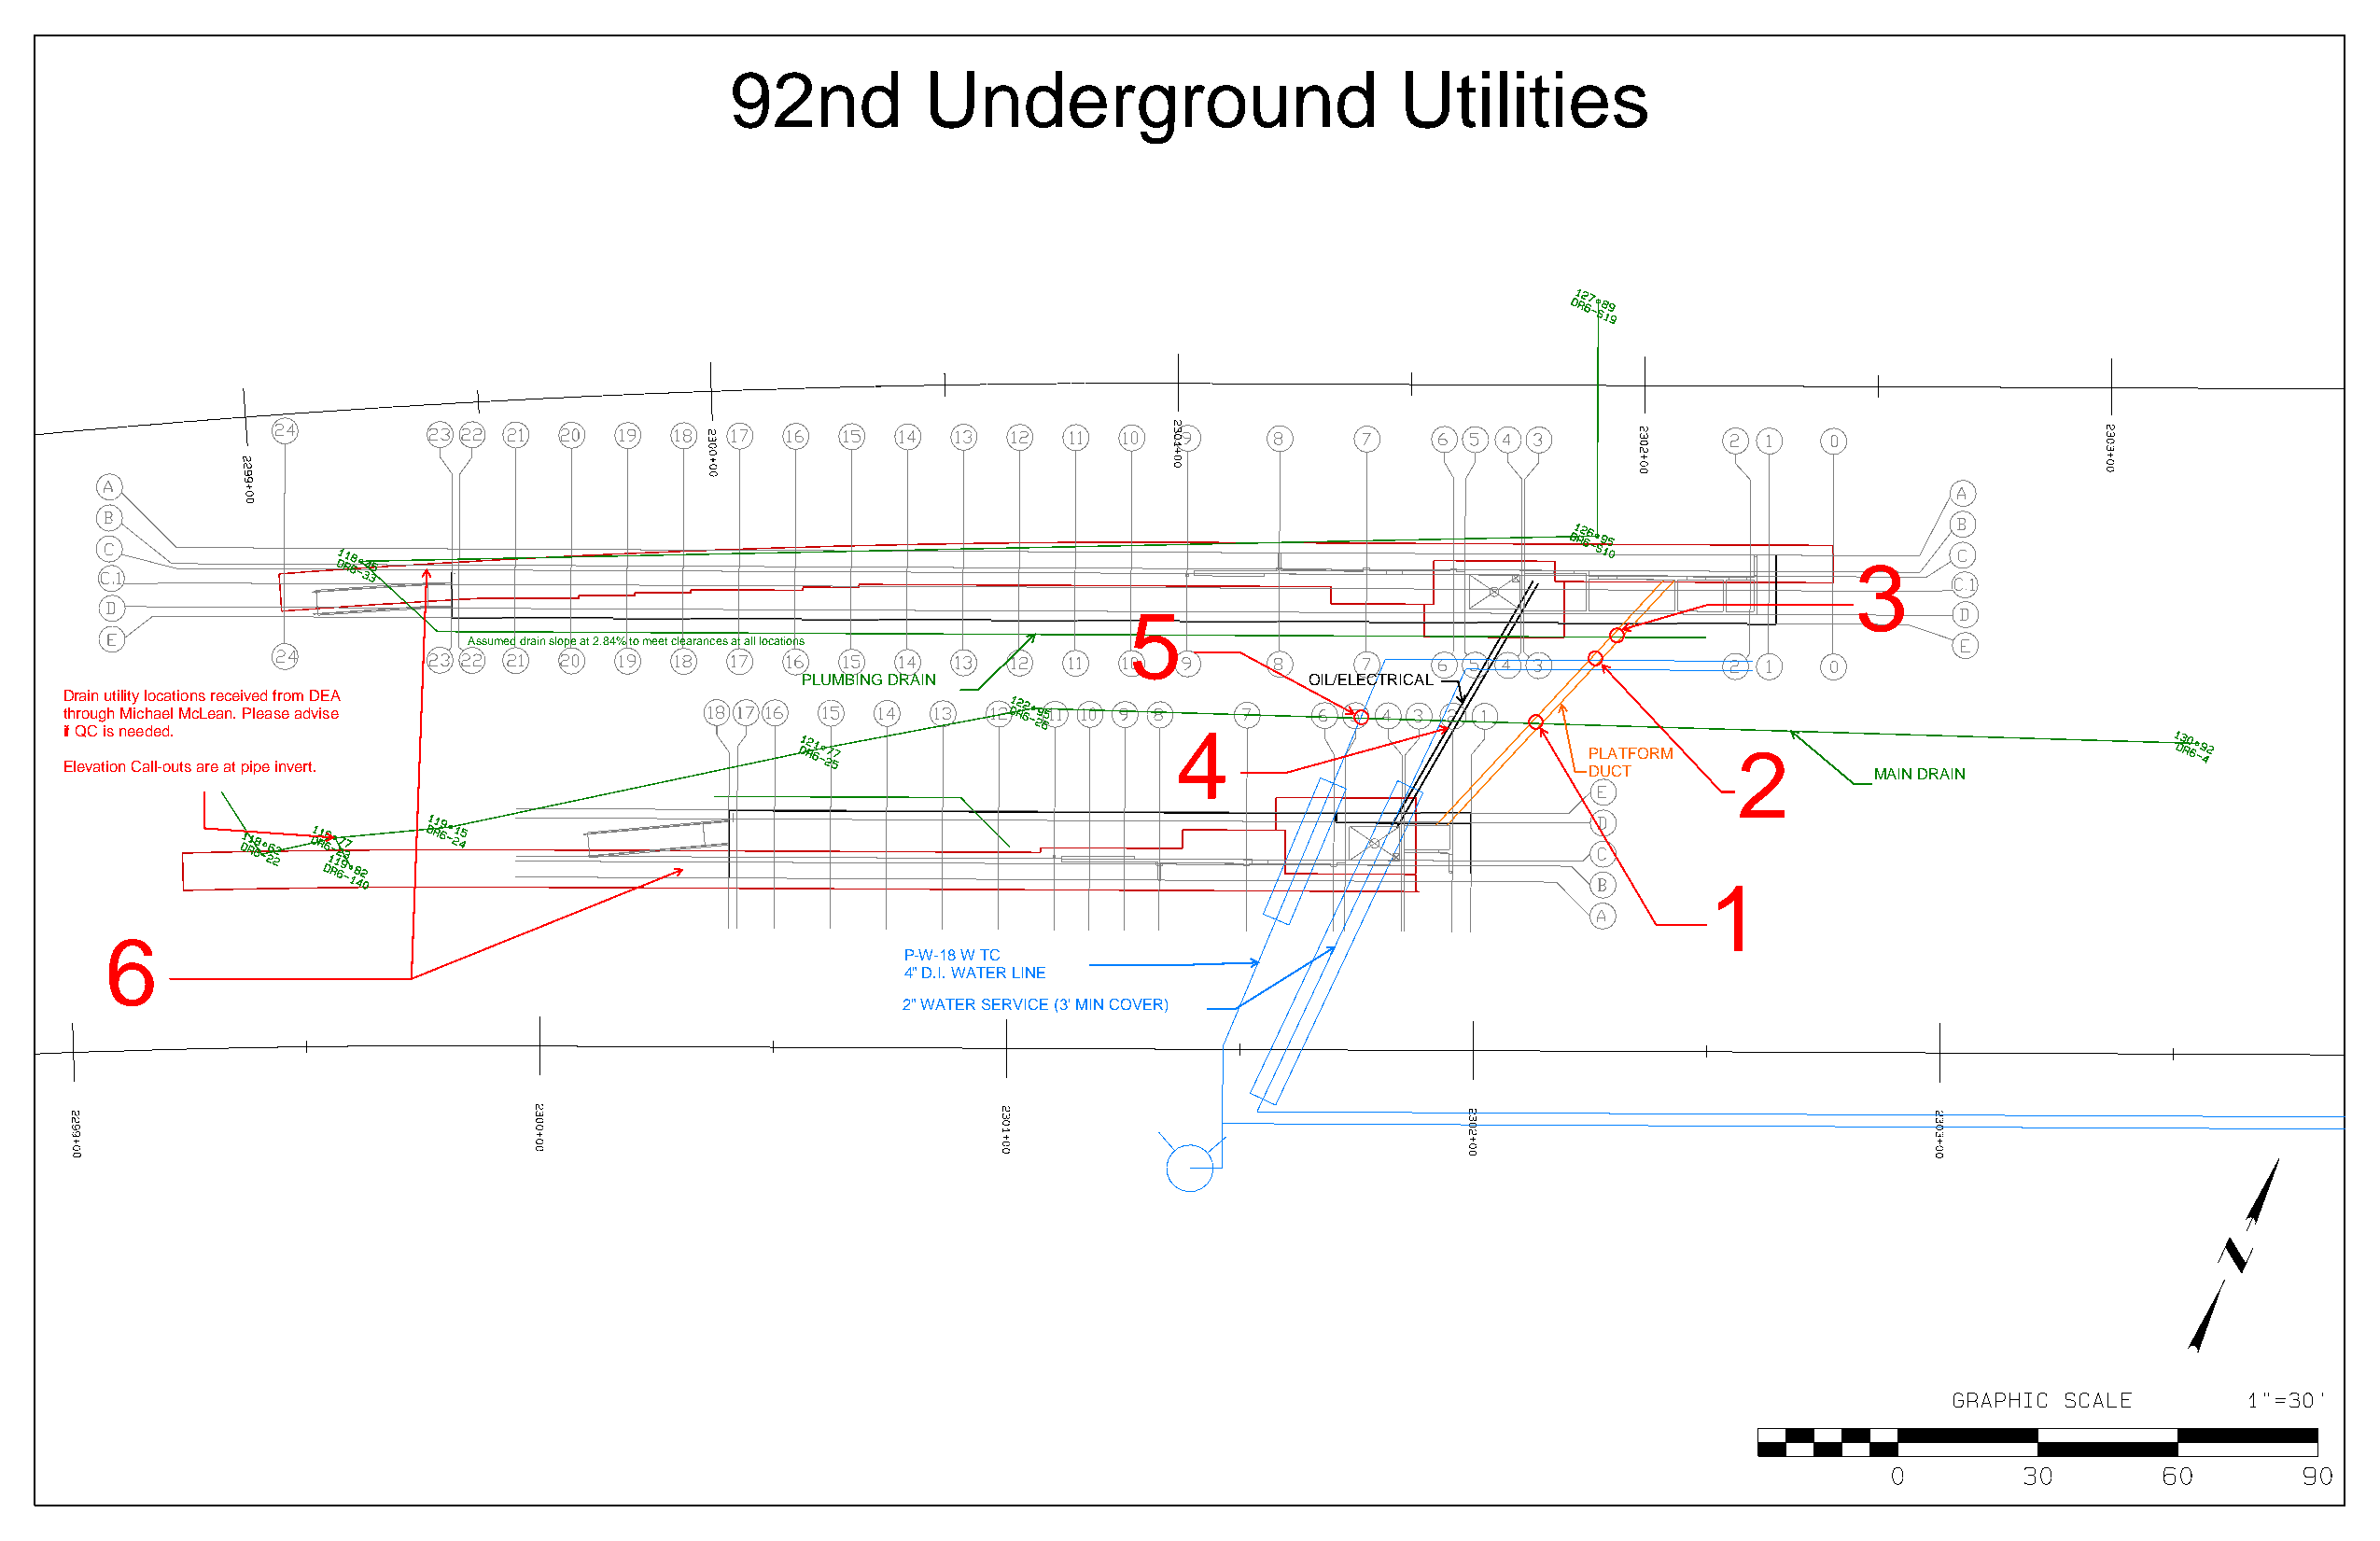
92nd          Underground                      Utilities
 3
 5
 Assumed drain slope at 2.84% to meet clearances at all locations
 PLUMBING DRAIN                      OIL/ELECTRICAL
 Drain utility locations received from DEA
 through Michael McLean. Please advise
 if QC is needed.                                                               4
 PLATFORM  2
 Elevation Call-outs are at pipe invert.                                                                      DUCT                MAIN DRAIN
 1
 6
 P-W-18 W TC
 4" D.I. WATER LINE
 2" WATER SERVICE (3' MIN COVER)